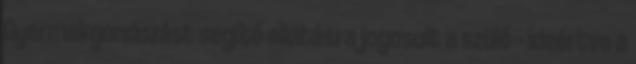
Gyermekgondozást segítő ellátásra jogosult a szülő – ideértve a